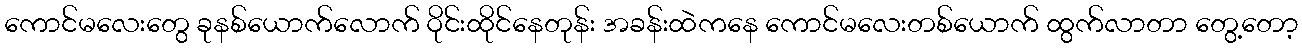
ကောင်မလေးတွေ ခုနစ်ယောက်လောက် ဝိုင်းထိုင်နေတုန်း အခန်းထဲကနေ ကောင်မလေးတစ်ယောက် ထွက်လာတာ တွေ့တော့